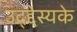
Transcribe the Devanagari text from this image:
उद्द्देस्यके